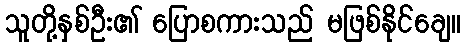
သူတို့နှစ်ဦး၏ ပြောစကားသည် မဖြစ်နိုင်ချေ။